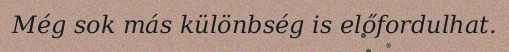
Még sok más különbség is előfordulhat.